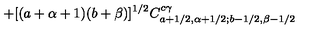
+ [ ( a + \alpha + 1 ) ( b + \beta ) ] ^ { 1 / 2 } C _ { a + 1 / 2 , \alpha + 1 / 2 ; b - 1 / 2 , \beta - 1 / 2 } ^ { c \gamma }